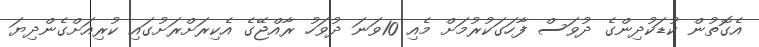
އެގޮތުން ކުޑަކުދިންގެ ދުވަސް ފާހަގަކުރުމަށް މެއި 10ވަނަ ދުވަހު ރާއްޖޭގެ އެކިރަށްރަށުގައި ކުރިއަށްގެންދިޔަ